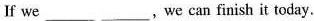
If we___，we can finish it today.